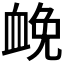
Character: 𧖵